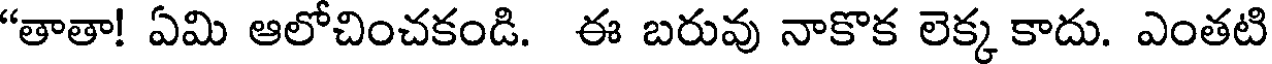
"తాతా! ఏమి ఆలోచించకండి. ఈ బరువు నాకొక లెక్క కాదు. ఎంతటి